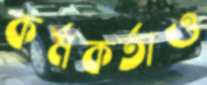
কর্মকর্তাও